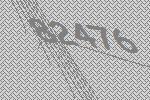
82476